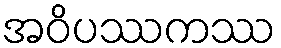
အဝိပဿကဿ